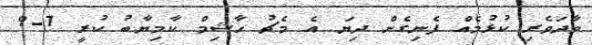
ވާދަވެރި ކުޅުމެއް ފެނިގެން ދިޔަ އެ މެޗު ހާޝިމް ކާމިޔާބު ކުރީ 7-9